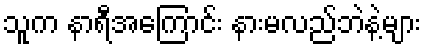
သူက နာရီအကြောင်း နားမလည်ဘဲနဲ့များ